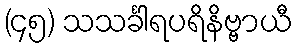
(၄၅) သသင်္ခါရပရိနိဗ္ဗာယီ